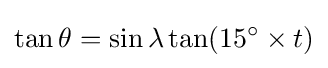
\tan \theta =\sin \lambda \tan(15^{\circ }\times t)